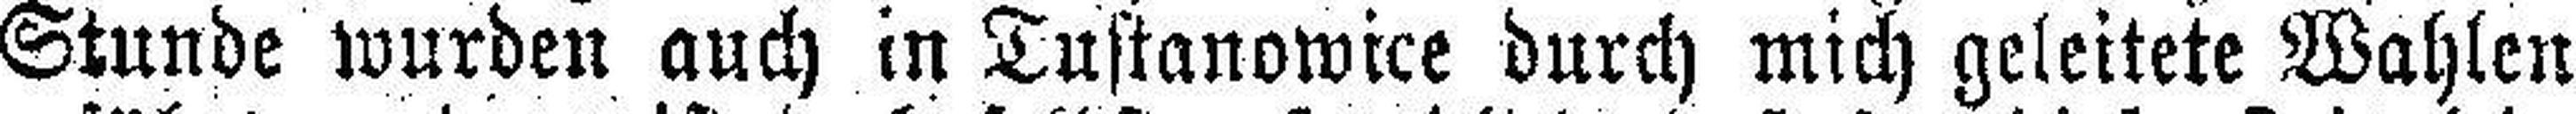
Stunde wurden auch in Tustanowice durch mich geleitete Wahlen